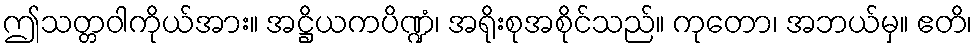
ဤသတ္တဝါကိုယ်အား။ အဋ္ဌိယကပိဏ္ဍံ၊ အရိုးစုအစိုင်သည်။ ကုတော၊ အဘယ်မှ။ ဧတိ၊